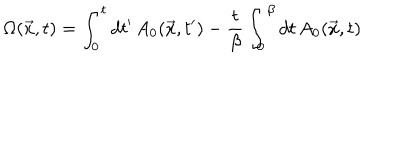
LaTeX: \Omega ( \vec { x } , t ) = \int _ { 0 } ^ { t } d t ^ { \prime } \, A _ { 0 } ( \vec { x } , t ^ { \prime } ) - { \frac { t } { \beta } } \int _ { 0 } ^ { \beta } d t \, A _ { 0 } ( \vec { x } , t )